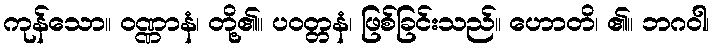
ကုန်သော။ ဝဏ္ဏာနံ၊ တို့၏။ ပဝတ္တနံ၊ ဖြစ်ခြင်းသည်။ ဟောတိ၊ ၏။ ဘဂဝါ၊